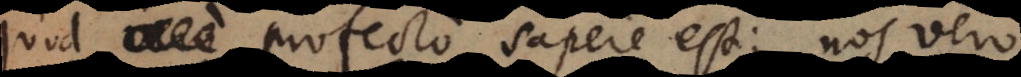
Quod profecto sapere est; nos vero